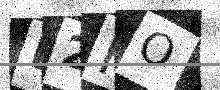
Text: D2HO